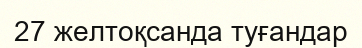
27 желтоқсанда туғандар